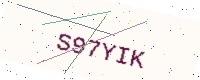
Text: S97YIK